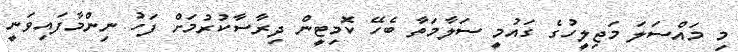
މި މައްސަލަ މަޖިލީހުގެ ގައުމީ ސަލާމަތާ ބެހޭ ކޮމިޓީން ދިރާސާކުރުމަށް ފަހު ނިންމާފައިވަނީ